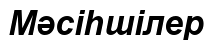
Мәсіһшілер